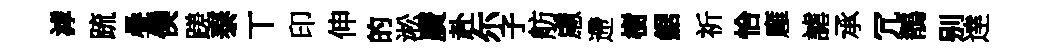
滹䟽疊僕蹉泰丅印伸的淞廣赴尓子舫慮遰樹鋸祈恰廱謔承冗鶺别逹